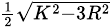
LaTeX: \scriptstyle{\frac{1}{2}}{\sqrt{K^{2}-3R^{2}}}